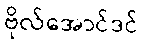
ဗိုလ်အောင်ဒင်